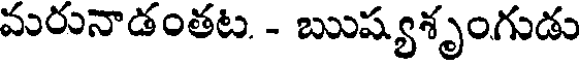
మరునాడంతట. - ఋష్యశృంగుడు